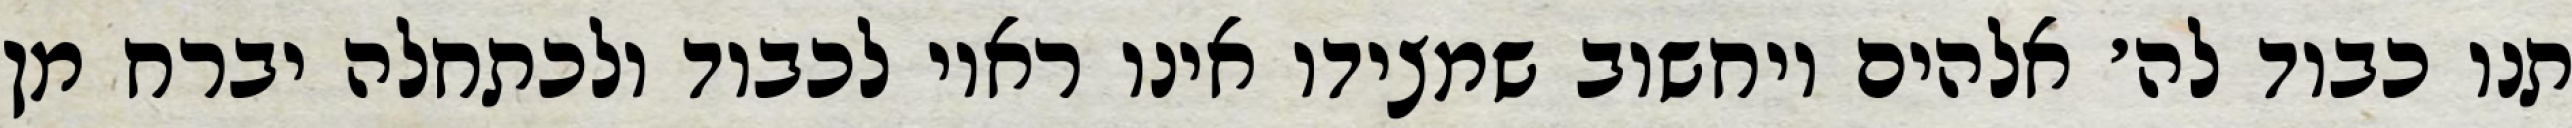
תנו כבוד לה׳ אלהים ויחשוב שמצידו אינו ראוי לכבוד ולכתחלה יברח מן